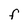
Character: F